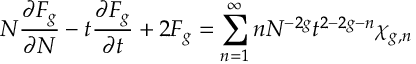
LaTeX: N { \frac { \partial F _ { g } } { \partial N } } - t { \frac { \partial F _ { g } } { \partial t } } + 2 F _ { g } = \sum _ { n = 1 } ^ { \infty } n N ^ { - 2 g } t ^ { 2 - 2 g - n } \chi _ { g , n }